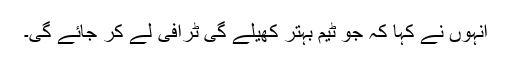
انہوں نے کہا کہ جو ٹیم بہتر کھیلے گی ٹرافی لے کر جائے گی۔